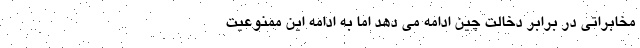
مخابراتی در برابر دخالت چین ادامه می دهد اما به ادامه این ممنوعیت